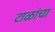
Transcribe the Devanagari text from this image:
टाळांचा